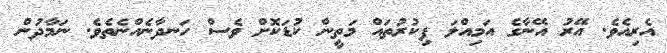
އެރިއެވެ. އޭރު އޭނާގެ އަމިއްލަ ފިކުރުތައް މަތީން ކުޑަކޮށް ވެސް ހަނދާނެއްނެތެވެ. ނަމާދުން